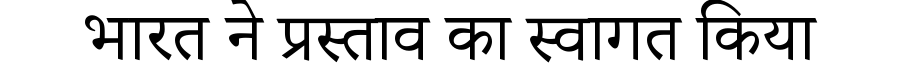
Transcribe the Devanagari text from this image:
भारत ने प्रस्ताव का स्वागत किया